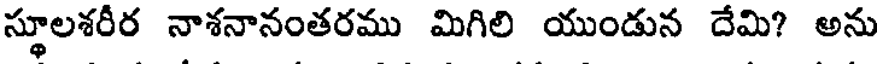
స్థూలశరీర నాశనానంతరము మిగిలి యుండున దేమి? అను